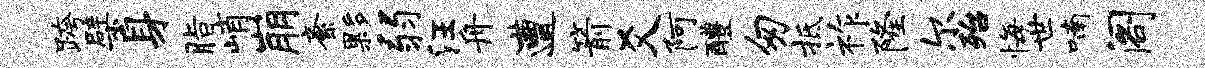
跨檗身脂峭崩紊夥弱汪舟遭箭爻阿醴匆抵祚隆尔殆悔世喃阁